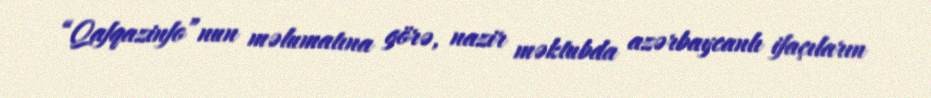
“Qafqazinfo”nun məlumatına görə, nazir məktubda azərbaycanlı ifaçıların